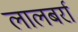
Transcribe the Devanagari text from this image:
लालबर्रा